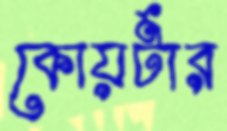
কোয়র্টার